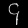
Digit: ၄